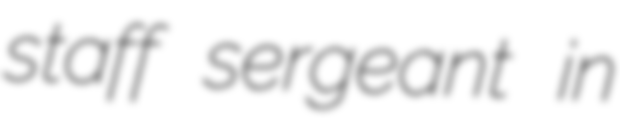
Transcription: staff sergeant in